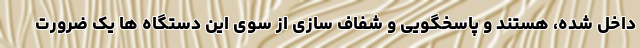
داخل شده، هستند و پاسخگویی و شفاف سازی از سوی این دستگاه ها یک ضرورت